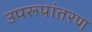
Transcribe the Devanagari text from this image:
उपरूपांतरण